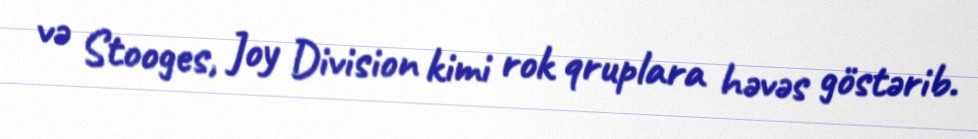
və Stooges, Joy Division kimi rok qruplara həvəs göstərib.